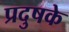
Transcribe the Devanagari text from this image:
प्रदुषके